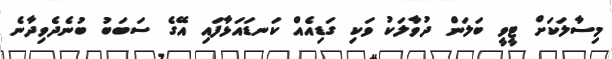
މިސާލަކަށް ޓީވީ ބަލަން ދުވާލަކު ވަކި ގަޑިއެއް ކަނޑައަޅާފައި އޭގެ ސަބަބު ބުނެދެވިދާނެ